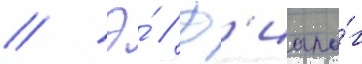
// Э́ // Д'иало́г